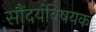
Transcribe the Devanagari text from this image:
सौंदर्यविषयक